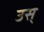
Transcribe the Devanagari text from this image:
उस्